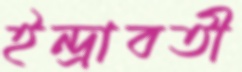
ইন্দ্রাবতী